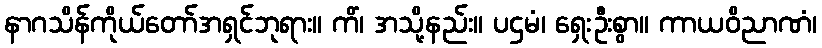
နာဂသိန်ကိုယ်တော်အရှင်ဘုရား။ ကိံ၊ အသို့နည်း။ ပဌမံ၊ ရှေးဦးစွာ။ ကာယဝိညာဏံ၊